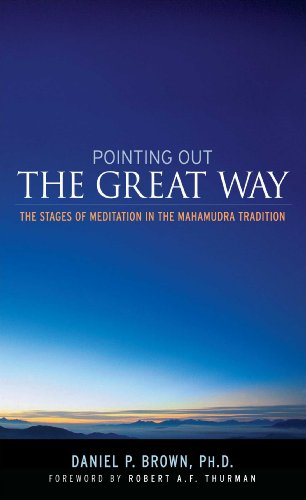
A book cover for Pointing Out the Great Way: The Stages of Meditation in the Mahamudra Tradition; Daniel P. Brown; Christian Books & Bibles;